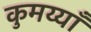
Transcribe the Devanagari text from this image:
कुमय्याँ